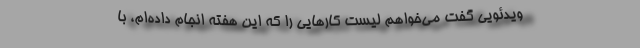
ویدئویی گفت می‌خواهم لیست کارهایی را که این هفته انجام داده‌ام، با